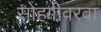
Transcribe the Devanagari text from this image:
सोहगीवरवा